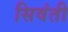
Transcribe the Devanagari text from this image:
सिवंती